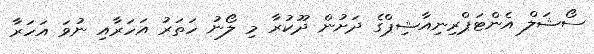
ސޯޝަލް އެންޓަޕްރިނިއާޝިޕްގެ ދަށުން ދޫކުރާ މި ލޯނު ހަތަރު އަހަރާއި ނުވަ އަހަރާ